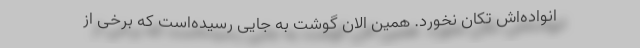
انواده‌اش تکان نخورد. همین الان گوشت به جایی رسیده‌است که برخی از